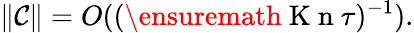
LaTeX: \| \mathcal C\| =O((\ensuremath{\mathrm{~K~n~}}\tau)^{-1}).